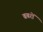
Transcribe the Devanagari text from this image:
बबरों